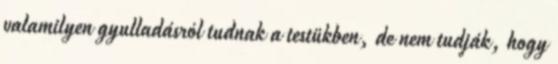
valamilyen gyulladásról tudnak a testükben, de nem tudják, hogy